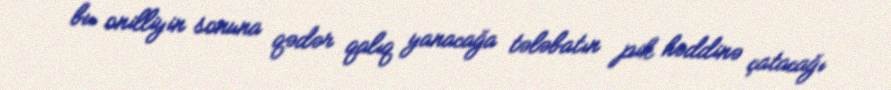
bu onilliyin sonuna qədər qalıq yanacağa tələbatın pik həddinə çatacağı